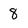
Character: 8